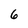
Character: 6